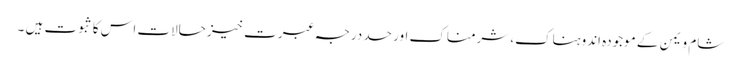
شام و یمن کے موجودہ اندوہناک، شرمناک اور حد درجہ عبرت خیز حالات اس کا ثبوت ہیں ۔